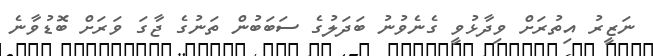
ނަޒީރު އިތުރަށް ވިދާޅުވީ ގެނެވުނު ބަދަލުގެ ސަބަބުން ތަނުގެ ޖާގަ ވަރަށް ބޮޑުވާނެ